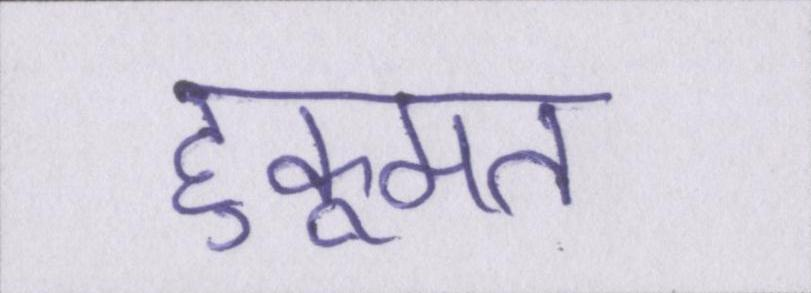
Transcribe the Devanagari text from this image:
हुकूमत